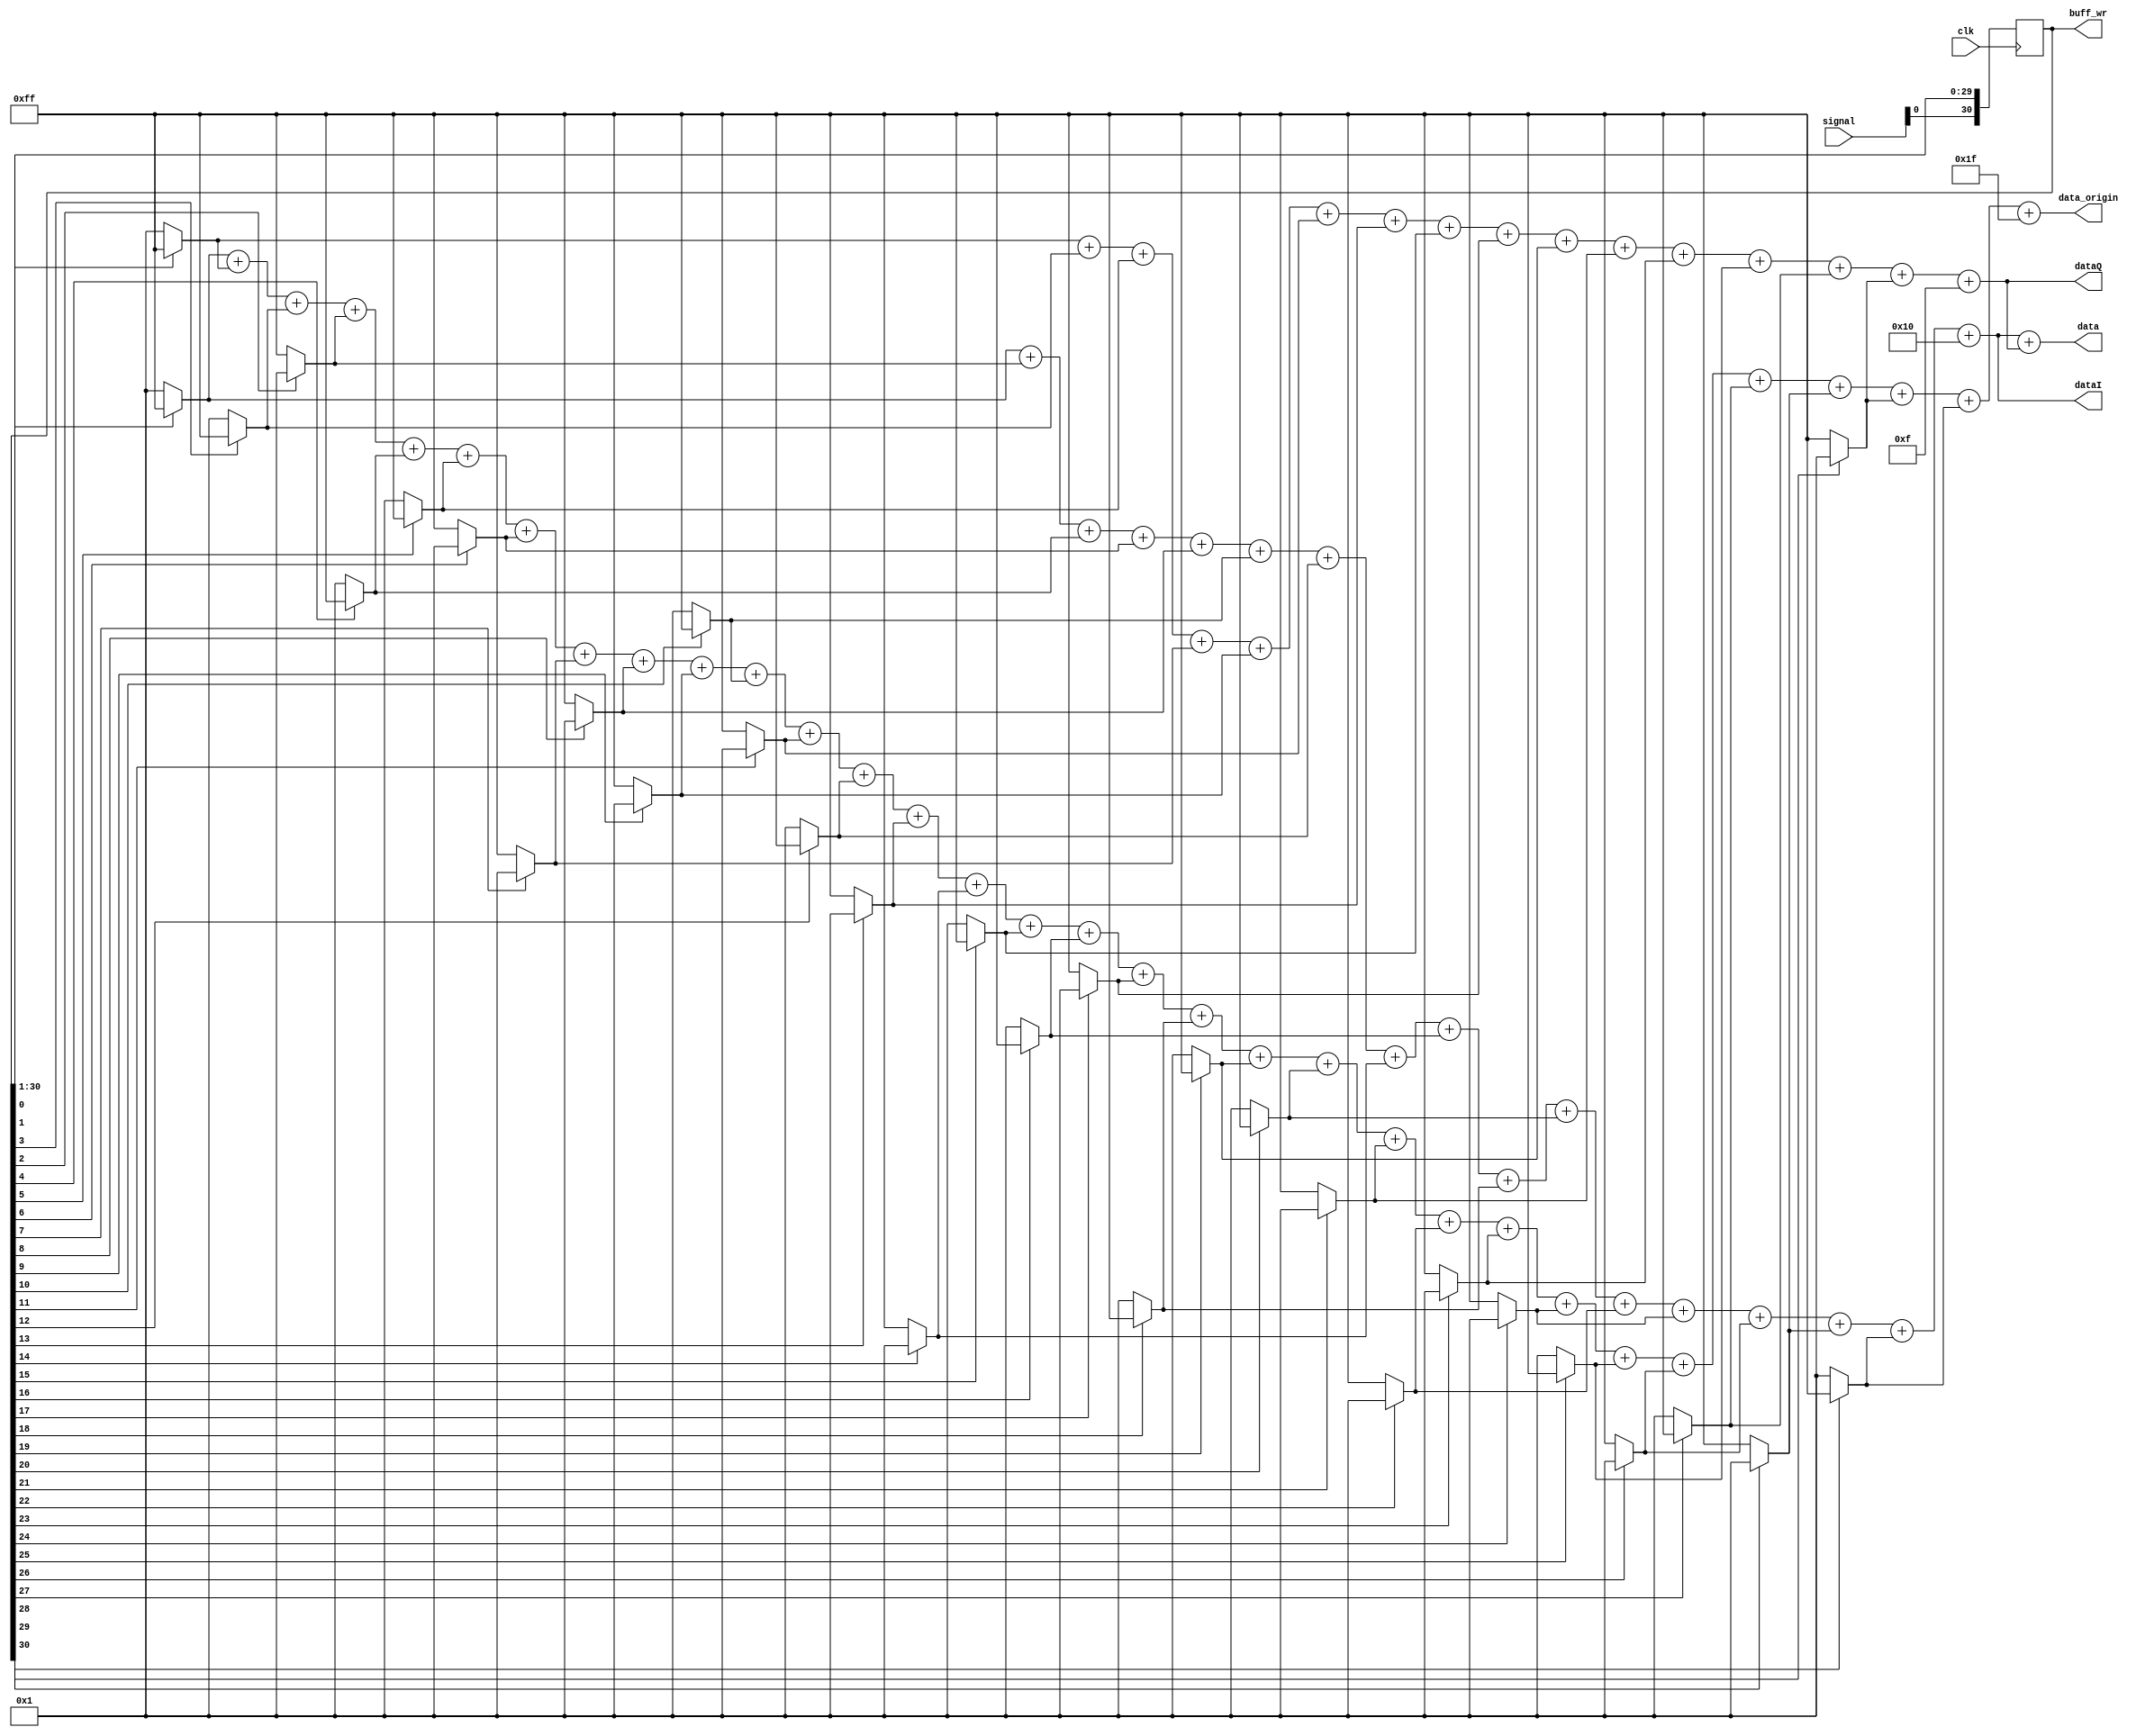
module dec_v2 (
                clk,
                signal,
                data,
                data_origin,
                dataI,
                dataQ,
                buff_wr
                );

//parameter template = 31'b0110010011111011100010101101000; // for test and poduction
parameter template = 31'b0110101111000100110101111000100; // for test and poduction
//parameter template = 31'b1010000110010011111011100010101;
//parameter template = 31'b1010000110010011111011100010101;

input clk;
input [1:0] signal;

output [7:0] data;
output [7:0] data_origin;
output [7:0] dataI;
output [7:0] dataQ;
output [30:0] buff_wr;

reg [7:0] data_reg = 0;
reg [30:0] buff = 31'b0;

assign buff_wr = buff;
assign data_origin = ((~template[0] ^ buff[0]) ? 1 : (-1)) +
            ((~template[1] ^ buff[1]) ? 1 : (-1)) +
            ((~template[3] ^ buff[3]) ? 1 : (-1)) +
            ((~template[2] ^ buff[2]) ? 1 : (-1)) +
            ((~template[4] ^ buff[4]) ? 1 : (-1)) +
            ((~template[5] ^ buff[5]) ? 1 : (-1)) +
            ((~template[6] ^ buff[6]) ? 1 : (-1)) +
            ((~template[7] ^ buff[7]) ? 1 : (-1)) +
            ((~template[8] ^ buff[8]) ? 1 : (-1)) +
            ((~template[9] ^ buff[9]) ? 1 : (-1))+
            ((~template[10] ^ buff[10]) ? 1 : (-1)) +
            ((~template[11] ^ buff[11]) ? 1 : (-1)) +
            ((~template[12] ^ buff[12]) ? 1 : (-1)) +
            ((~template[13] ^ buff[13]) ? 1 : (-1)) +
            ((~template[14] ^ buff[14]) ? 1 : (-1)) +
            ((~template[15] ^ buff[15]) ? 1 : (-1)) +
            ((~template[16] ^ buff[16]) ? 1 : (-1)) +
            ((~template[17] ^ buff[17]) ? 1 : (-1)) +
            ((~template[18] ^ buff[18]) ? 1 : (-1)) +
            ((~template[19] ^ buff[19]) ? 1 : (-1)) +
            ((~template[20] ^ buff[20]) ? 1 : (-1)) +
            ((~template[21] ^ buff[21]) ? 1 : (-1)) +
            ((~template[22] ^ buff[22]) ? 1 : (-1)) +
            ((~template[23] ^ buff[23]) ? 1 : (-1)) +
            ((~template[24] ^ buff[24]) ? 1 : (-1)) +
            ((~template[25] ^ buff[25]) ? 1 : (-1)) +
            ((~template[26] ^ buff[26]) ? 1 : (-1)) +
            ((~template[27] ^ buff[27]) ? 1 : (-1)) +
            ((~template[28] ^ buff[28]) ? 1 : (-1)) +
            ((~template[29] ^ buff[29]) ? 1 : (-1)) +
            ((~template[30] ^ buff[30]) ? 1 : (-1)) +
            31;

assign dataI = ((~template[0] ^ buff[0]) ? 1 : (-1)) +
            ((~template[2] ^ buff[2]) ? 1 : (-1)) +
            ((~template[4] ^ buff[4]) ? 1 : (-1)) +
            ((~template[6] ^ buff[6]) ? 1 : (-1)) +
            ((~template[8] ^ buff[8]) ? 1 : (-1)) +
            ((~template[10] ^ buff[10]) ? 1 : (-1)) +
            ((~template[12] ^ buff[12]) ? 1 : (-1)) +
            ((~template[14] ^ buff[14]) ? 1 : (-1)) +
            ((~template[16] ^ buff[16]) ? 1 : (-1)) +
            ((~template[18] ^ buff[18]) ? 1 : (-1))+
            ((~template[20] ^ buff[20]) ? 1 : (-1)) +
            ((~template[22] ^ buff[22]) ? 1 : (-1)) +
            ((~template[24] ^ buff[24]) ? 1 : (-1)) +
            ((~template[26] ^ buff[26]) ? 1 : (-1)) +
            ((~template[28] ^ buff[28]) ? 1 : (-1)) +
            ((~template[30] ^ buff[30]) ? 1 : (-1)) +
            16;

assign dataQ = ((~template[1] ^ buff[1]) ? 1 : (-1)) +
            ((~template[3] ^ buff[3]) ? 1 : (-1)) +
            ((~template[5] ^ buff[5]) ? 1 : (-1)) +
            ((~template[7] ^ buff[7]) ? 1 : (-1)) +
            ((~template[9] ^ buff[9]) ? 1 : (-1)) +
            ((~template[11] ^ buff[11]) ? 1 : (-1)) +
            ((~template[13] ^ buff[13]) ? 1 : (-1)) +
            ((~template[15] ^ buff[15]) ? 1 : (-1)) +
            ((~template[17] ^ buff[17]) ? 1 : (-1)) +
            ((~template[19] ^ buff[19]) ? 1 : (-1)) +
            ((~template[21] ^ buff[21]) ? 1 : (-1)) +
            ((~template[23] ^ buff[23]) ? 1 : (-1)) +
            ((~template[25] ^ buff[25]) ? 1 : (-1)) +
            ((~template[27] ^ buff[27]) ? 1 : (-1)) +
            ((~template[29] ^ buff[29]) ? 1 : (-1)) +
            15;

assign data = dataI + dataQ;

always @ ( posedge clk ) begin
//    buff <= {buff[28:0], signal};
      buff <= {signal, buff[30:1]}; //test_def
end

endmodule // dec